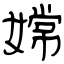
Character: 嫦